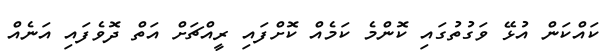
ކައްކަން އުޅޭ ވަގުތުގައި ކޮންމެ ކަމެއް ކޮށްފައި ރީއްޗަށް އަތް ދޮވެފައި އަނެއް